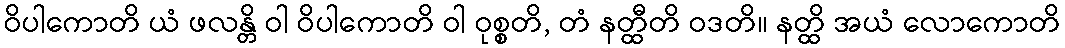
ဝိပါကောတိ ယံ ဖလန္တိ ဝါ ဝိပါကောတိ ဝါ ဝုစ္စတိ, တံ နတ္ထီတိ ဝဒတိ။ နတ္ထိ အယံ လောကောတိ